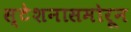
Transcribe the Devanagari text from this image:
स्टेशनासमोरून